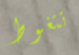
تتغوط